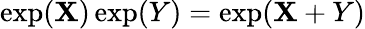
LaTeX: \exp(\mathbf{X})\exp(Y)=\exp(\mathbf{X}+Y)